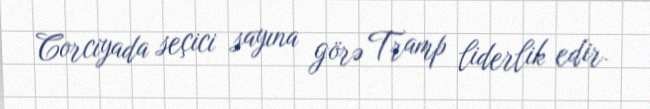
Corciyada seçici sayına görə Tramp liderlik edir.